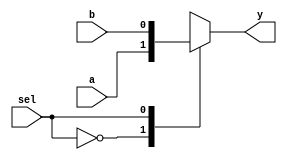
module mux2to1 (
    input wire a,        // Input signal a
    input wire b,        // Input signal b
    input wire sel,      // Select signal
    output reg y         // Output signal
);

// Behavioral description using an always block
always @(*) begin
    case (sel)
        1'b0: y = a;    // If sel is 0, output a
        1'b1: y = b;    // If sel is 1, output b
        default: y = 1'bx; // Undefined state
    endcase
end

endmodule